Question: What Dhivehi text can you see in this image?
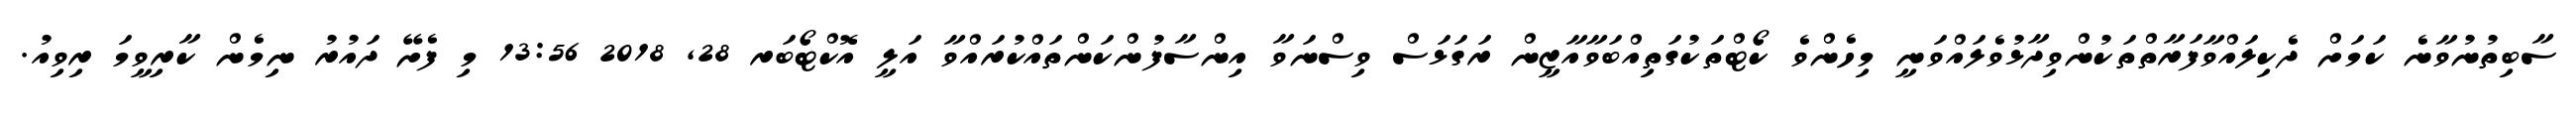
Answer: ސާބިތުނުވާނެ ކަމަށް ދެކިލައްވާފަރާތްތަކުންވިދާޅުވެލައްވަނީ މިހެންވެ ކޯޓްތަކުގަތިއްބަވާއާޒީން ރަގަޅަސް ވިސްނަވާ އިންސާފުންކަންތައްކުރައްވާ އަލީ އޮކްޓޯބަރ 28, 2018 13:56 މި ފެށޭ ދައުރު ނިމެން ކާރިވީމަ ރިވިއު.